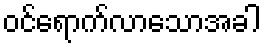
ဝင်ရောက်လာသောအခါ